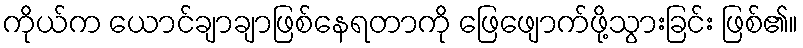
ကိုယ်က ယောင်ချာချာဖြစ်နေရတာကို ဖြေဖျောက်ဖို့သွားခြင်း ဖြစ်၏။